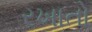
રખાતો